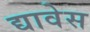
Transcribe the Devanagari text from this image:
द्यावेस